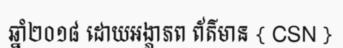
ឆ្នាំ២០១៨ ដោយអង្ភាភព ព័ត៌មាន { CSN }